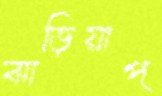
ঝাড়িয়াপ্